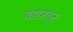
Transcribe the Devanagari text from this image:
बंडामधून